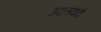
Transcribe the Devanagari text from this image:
उदात्तवादी